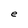
Character: e